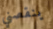
ينقصني